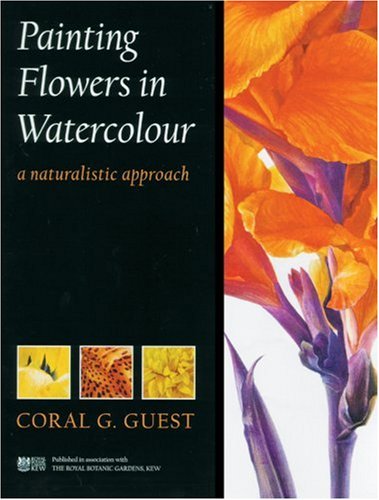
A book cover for Painting Flowers in Watercolour: A Naturalistic Approach; Coral G. Guest; Arts & Photography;